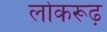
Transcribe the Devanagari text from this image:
लोकरूढ़